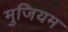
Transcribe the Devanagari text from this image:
मुजियम